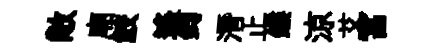
敞廟鮫遙鈞潛止鏤涼艾冨